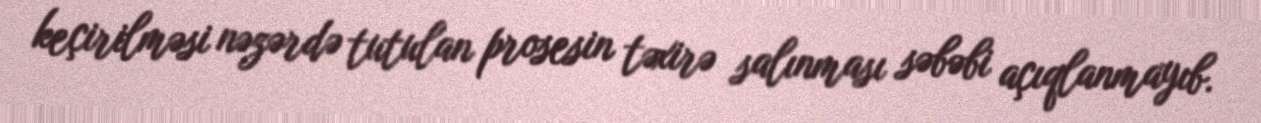
keçirilməsi nəzərdə tutulan prosesin təxirə salınması səbəbi açıqlanmayıb.